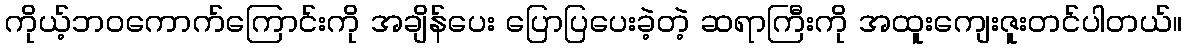
ကိုယ့်ဘဝကောက်ကြောင်းကို အချိန်ပေး ပြောပြပေးခဲ့တဲ့ ဆရာကြီးကို အထူးကျေးဇူးတင်ပါတယ်။